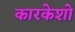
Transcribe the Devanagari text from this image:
कारकेशो